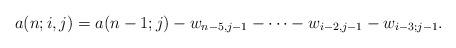
LaTeX: \begin{align*}a(n;i,j)=a(n-1;j)-w_{n-5,j-1}-\cdots-w_{i-2,j-1}-w_{i-3;j-1}.\end{align*}